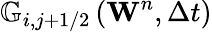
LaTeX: {{\mathbb{G}}_{i,j+1/2}}\left({{\mathbf{W}}^{n}},\Delta t\right)